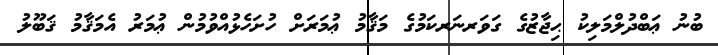
ބުނު ޢަބްދުލްމަލިކު ޙިޖާޒުގެ ގަވަރނަރކަމުގެ މަޤާމު ޢުމަރަށް ހުށަހެޅުއްވުމުން ޢުމަރު އެމަޤާމު ޤަބޫލު